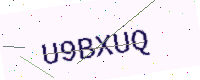
Text: U9BXUQ